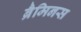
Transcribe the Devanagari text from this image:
ब्रैमिनस